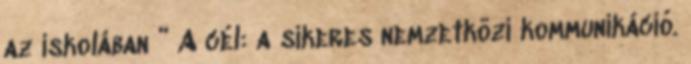
az iskolában ” A cél: a sikeres nemzetközi kommunikáció.